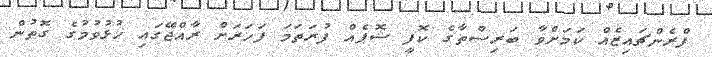
ފްރެންޗައިޒެއް ކަމަށްވާ ބަރިސްތާގެ ކޮފީ ޝޮޕެއް ފުރަތަމަ ފަހަރަށް ރާއްޖޭގައި ހުޅުވުމުގެ ގޮތުން